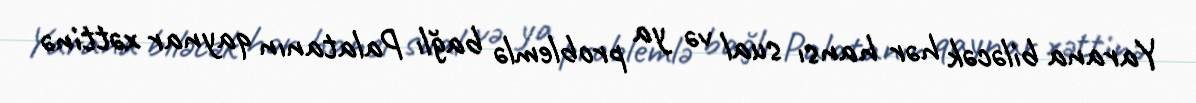
Yarana biləcək hər hansı sual və ya problemlə bağlı Palatanın qaynar xəttinə